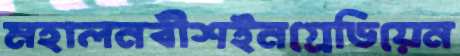
মহালনবীশইনগ্রেডিয়েন